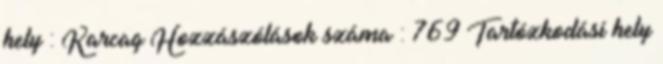
hely : Karcag Hozzászólások száma : 769 Tartózkodási hely